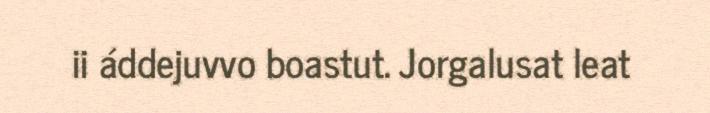
ii áddejuvvo boastut. Jorgalusat leat